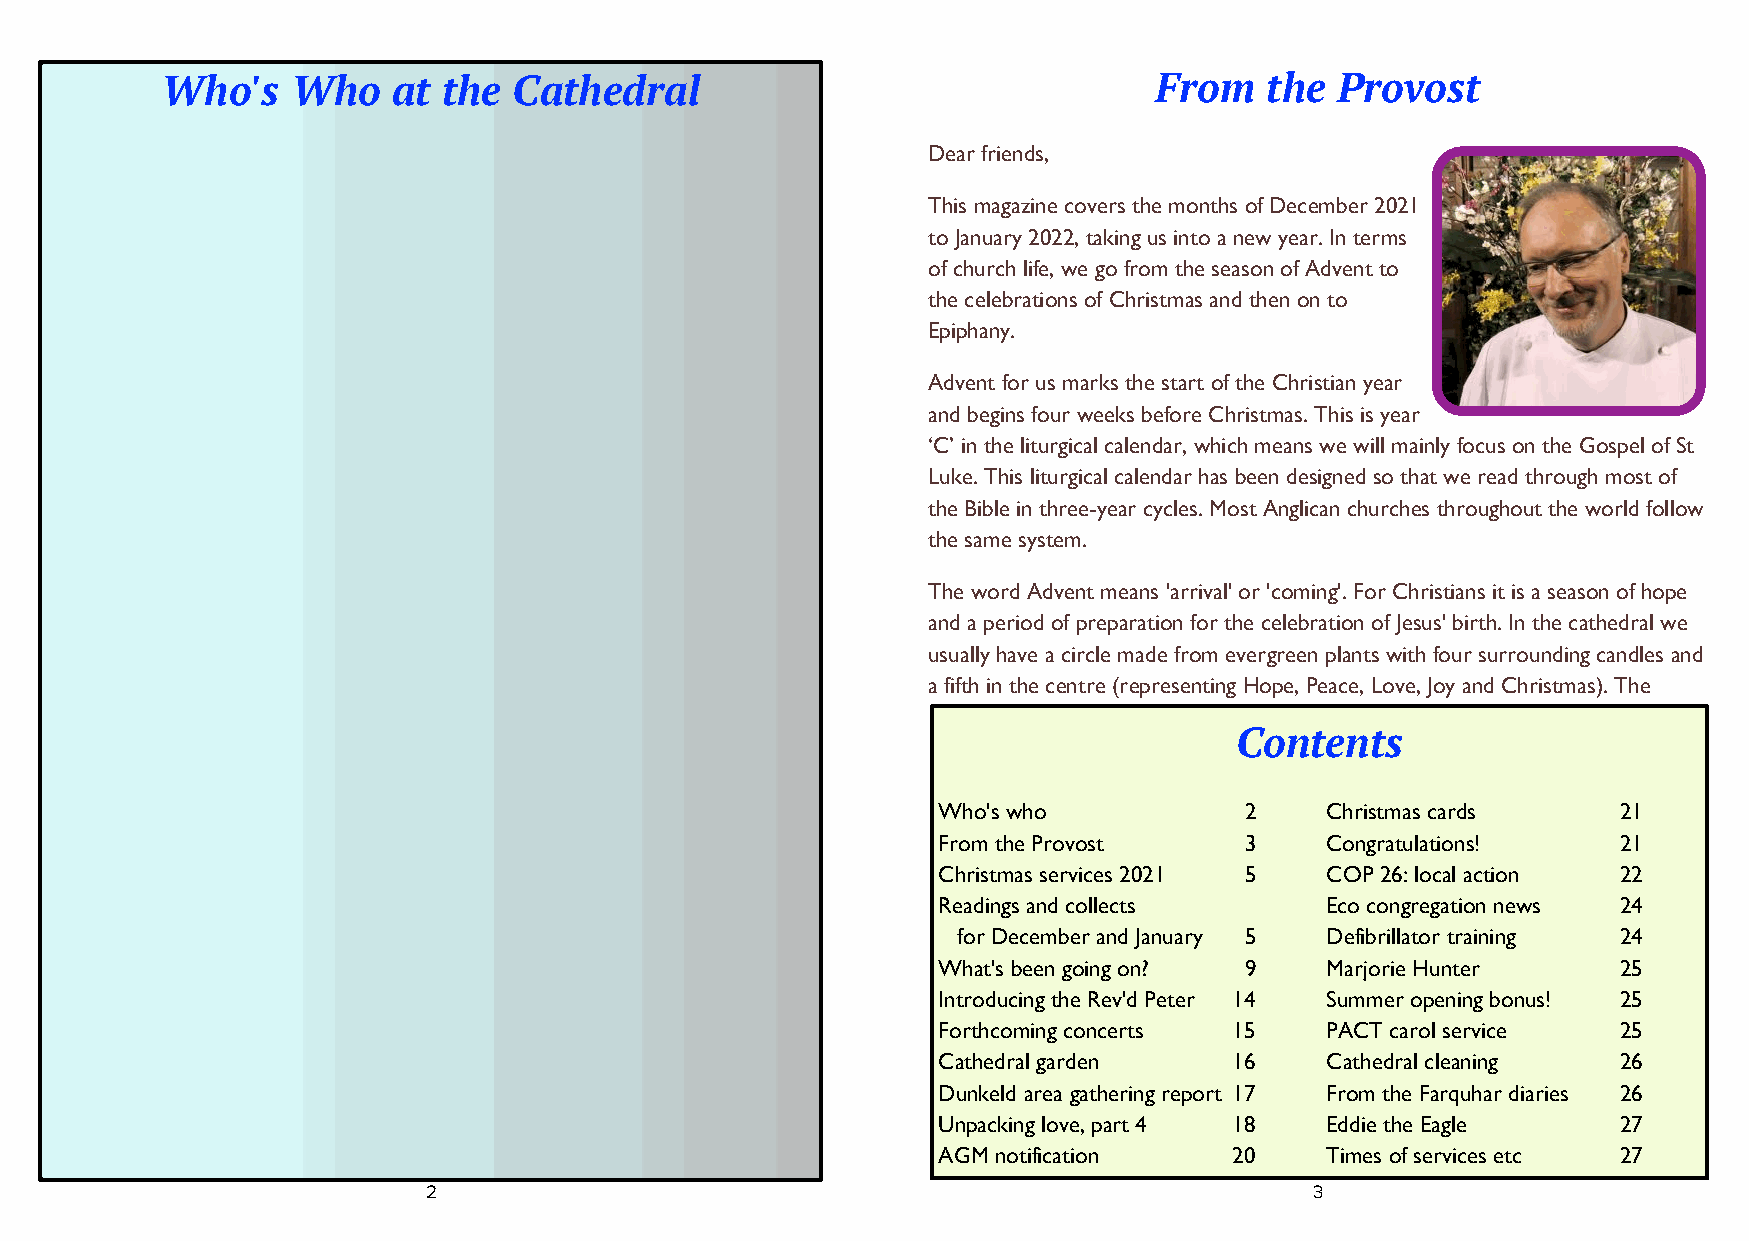
Who's   Who    at the  Cathedral                                 From    the Provost
 Dear friends,
 This magazine covers the months of December 2021
 to January 2022, taking us into a new year. In terms
 of church life, we go from the season of Advent to
 the celebrations of Christmas and then on to
 Epiphany.
 Advent for us marks the start of the Christian year
 and begins four weeks before Christmas. This is year
 ‘C’ in the liturgical calendar, which means we will mainly focus on the Gospel of St
 Luke. This liturgical calendar has been designed so that we read through most of
 the Bible in three-year cycles. Most Anglican churches throughout the world follow
 the same system.
 The word Advent means 'arrival' or 'coming'. For Christians it is a season of hope
 and a period of preparation for the celebration of Jesus' birth. In the cathedral we
 usually have a circle made from evergreen plants with four surrounding candles and
 a fifth in the centre (representing Hope, Peace, Love, Joy and Christmas). The
 Contents
 Who's who           2     Christmas cards    21
 From the Provost    3     Congratulations!   21
 Christmas services 2021 5 COP 26: local action 22
 Readings and collects     Eco congregation news 24
 for December and January 5 Defibrillator training 24
 What's been going on? 9   Marjorie Hunter    25
 Introducing the Rev'd Peter 14 Summer opening bonus! 25
 Forthcoming concerts 15   PACT carol service 25
 Cathedral garden    16    Cathedral cleaning 26
 Dunkeld area gathering report 17 From the Farquhar diaries 26
 Unpacking love, part 4 18 Eddie the Eagle    27
 AGM notification    20    Times of services etc 27
 2                                                          3